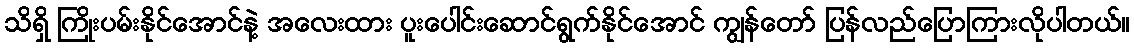
သိရှိ ကြိုးပမ်းနိုင်အောင်နဲ့ အလေးထား ပူးပေါင်းဆောင်ရွက်နိုင်အောင် ကျွန်တော် ပြန်လည်ပြောကြားလိုပါတယ်။